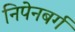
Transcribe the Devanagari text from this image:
निपेनबर्ग